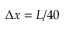
\Delta x = L / 4 0